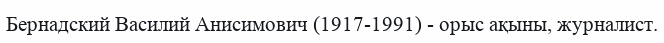
Бернадский Василий Анисимович (1917-1991) - орыс ақыны, журналист.